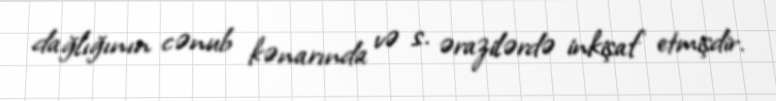
dağlığının cənub kənarında və s. ərazilərdə inkişaf etmişdir.